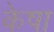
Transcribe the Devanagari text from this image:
केषा